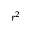
r ^ { 2 }